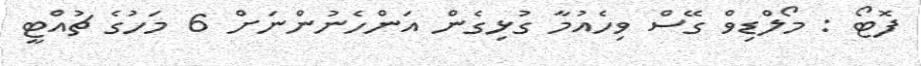
ފޮޓޯ : މޯލްޑިވް ގޭސް ވިހެއުމާ ގުޅިގެން އަންހެނުންނަށް 6 މަހުގެ ޗުއްޓީ